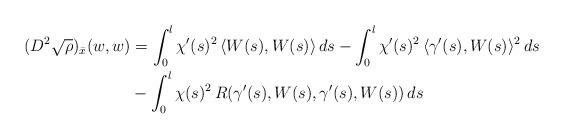
LaTeX: \begin{align*} (D^2 \sqrt{\rho})_{\bar{x}}(w,w) &= \int_0^l \chi'(s)^2 \, \langle W(s),W(s) \rangle \, ds - \int_0^l \chi'(s)^2 \, \langle \gamma'(s),W(s) \rangle^2 \, ds \\ &- \int_0^l \chi(s)^2 \, R(\gamma'(s),W(s),\gamma'(s),W(s)) \, ds \end{align*}